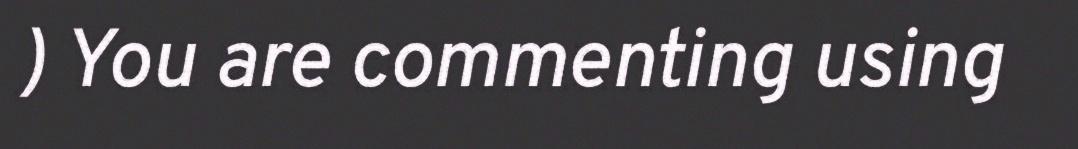
) You are commenting using